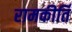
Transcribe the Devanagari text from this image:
रामकीर्ति